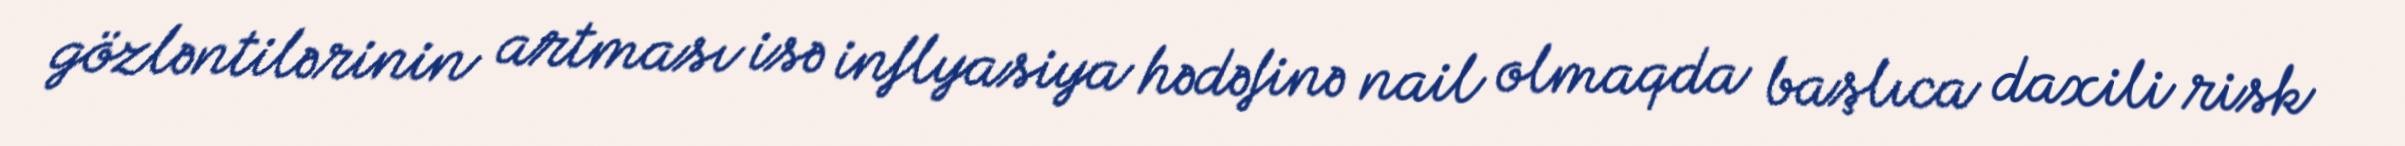
gözləntilərinin artması isə inflyasiya hədəfinə nail olmaqda başlıca daxili risk